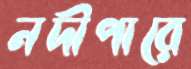
নদীপারে